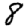
Digit: 8